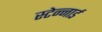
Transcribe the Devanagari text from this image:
स्टेन्नार्ड